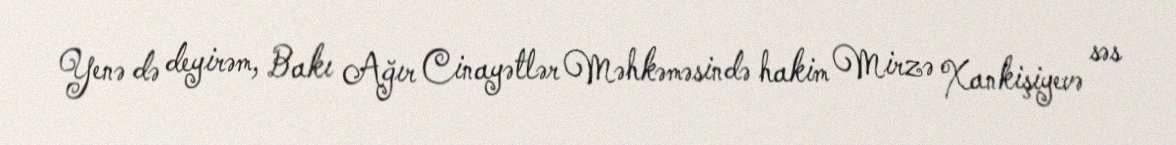
Yenə də deyirəm, Bakı Ağır Cinayətlər Məhkəməsində hakim Mirzə Xankişiyevə səs